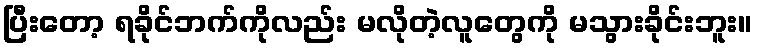
ပြီးတော့ ရခိုင်ဘက်ကိုလည်း မလိုတဲ့လူတွေကို မသွားခိုင်းဘူး။